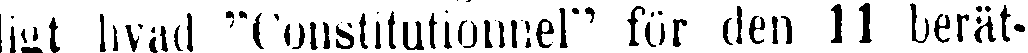
ligt livad "Constitutionnel" för den 11 berät-